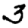
Digit: 3